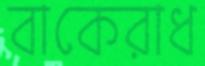
বাকেরাধ